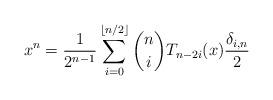
LaTeX: \begin{align*} x^n = \frac{1}{2^{n-1}} \sum_{i=0}^{\lfloor n/2 \rfloor} {n \choose i} T_{n - 2i}(x) \frac{\delta_{i,n}}{2} \end{align*}